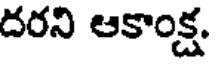
దరని ఆకాంక్ష